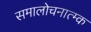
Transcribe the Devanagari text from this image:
समालोचनात्म्क